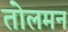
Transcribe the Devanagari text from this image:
तोलमन